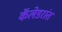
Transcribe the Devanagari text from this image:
कॅलेडरांत